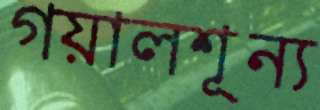
গয়ালশূন্য